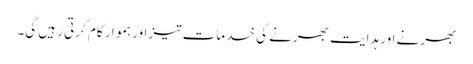
بھرنے اور ہدایت بھرنے کی خدمات تیز اور ہموار کام کرتی رہیں گی۔